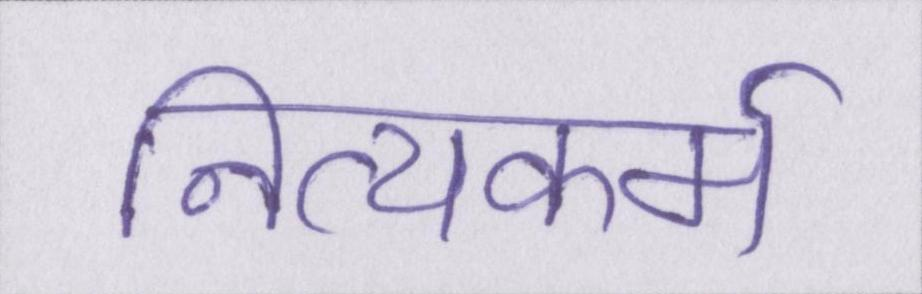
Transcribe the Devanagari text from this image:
नित्यकर्म